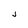
Character: j